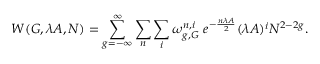
{ \cal W } ( G , \lambda A , N ) = \sum _ { g = - \infty } ^ { \infty } \sum _ { n } \sum _ { i } \omega _ { g , G } ^ { n , i } \; e ^ { - { \frac { n \lambda A } { 2 } } } ( \lambda A ) ^ { i } N ^ { 2 - 2 g } .